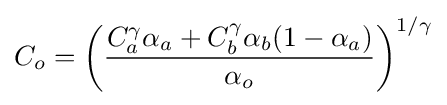
C_{o}=\left({\frac {C_{a}^{\gamma }\alpha _{a}+C_{b}^{\gamma }\alpha _{b}(1-\alpha _{a})}{\alpha _{o}}}\right)^{1/\gamma }